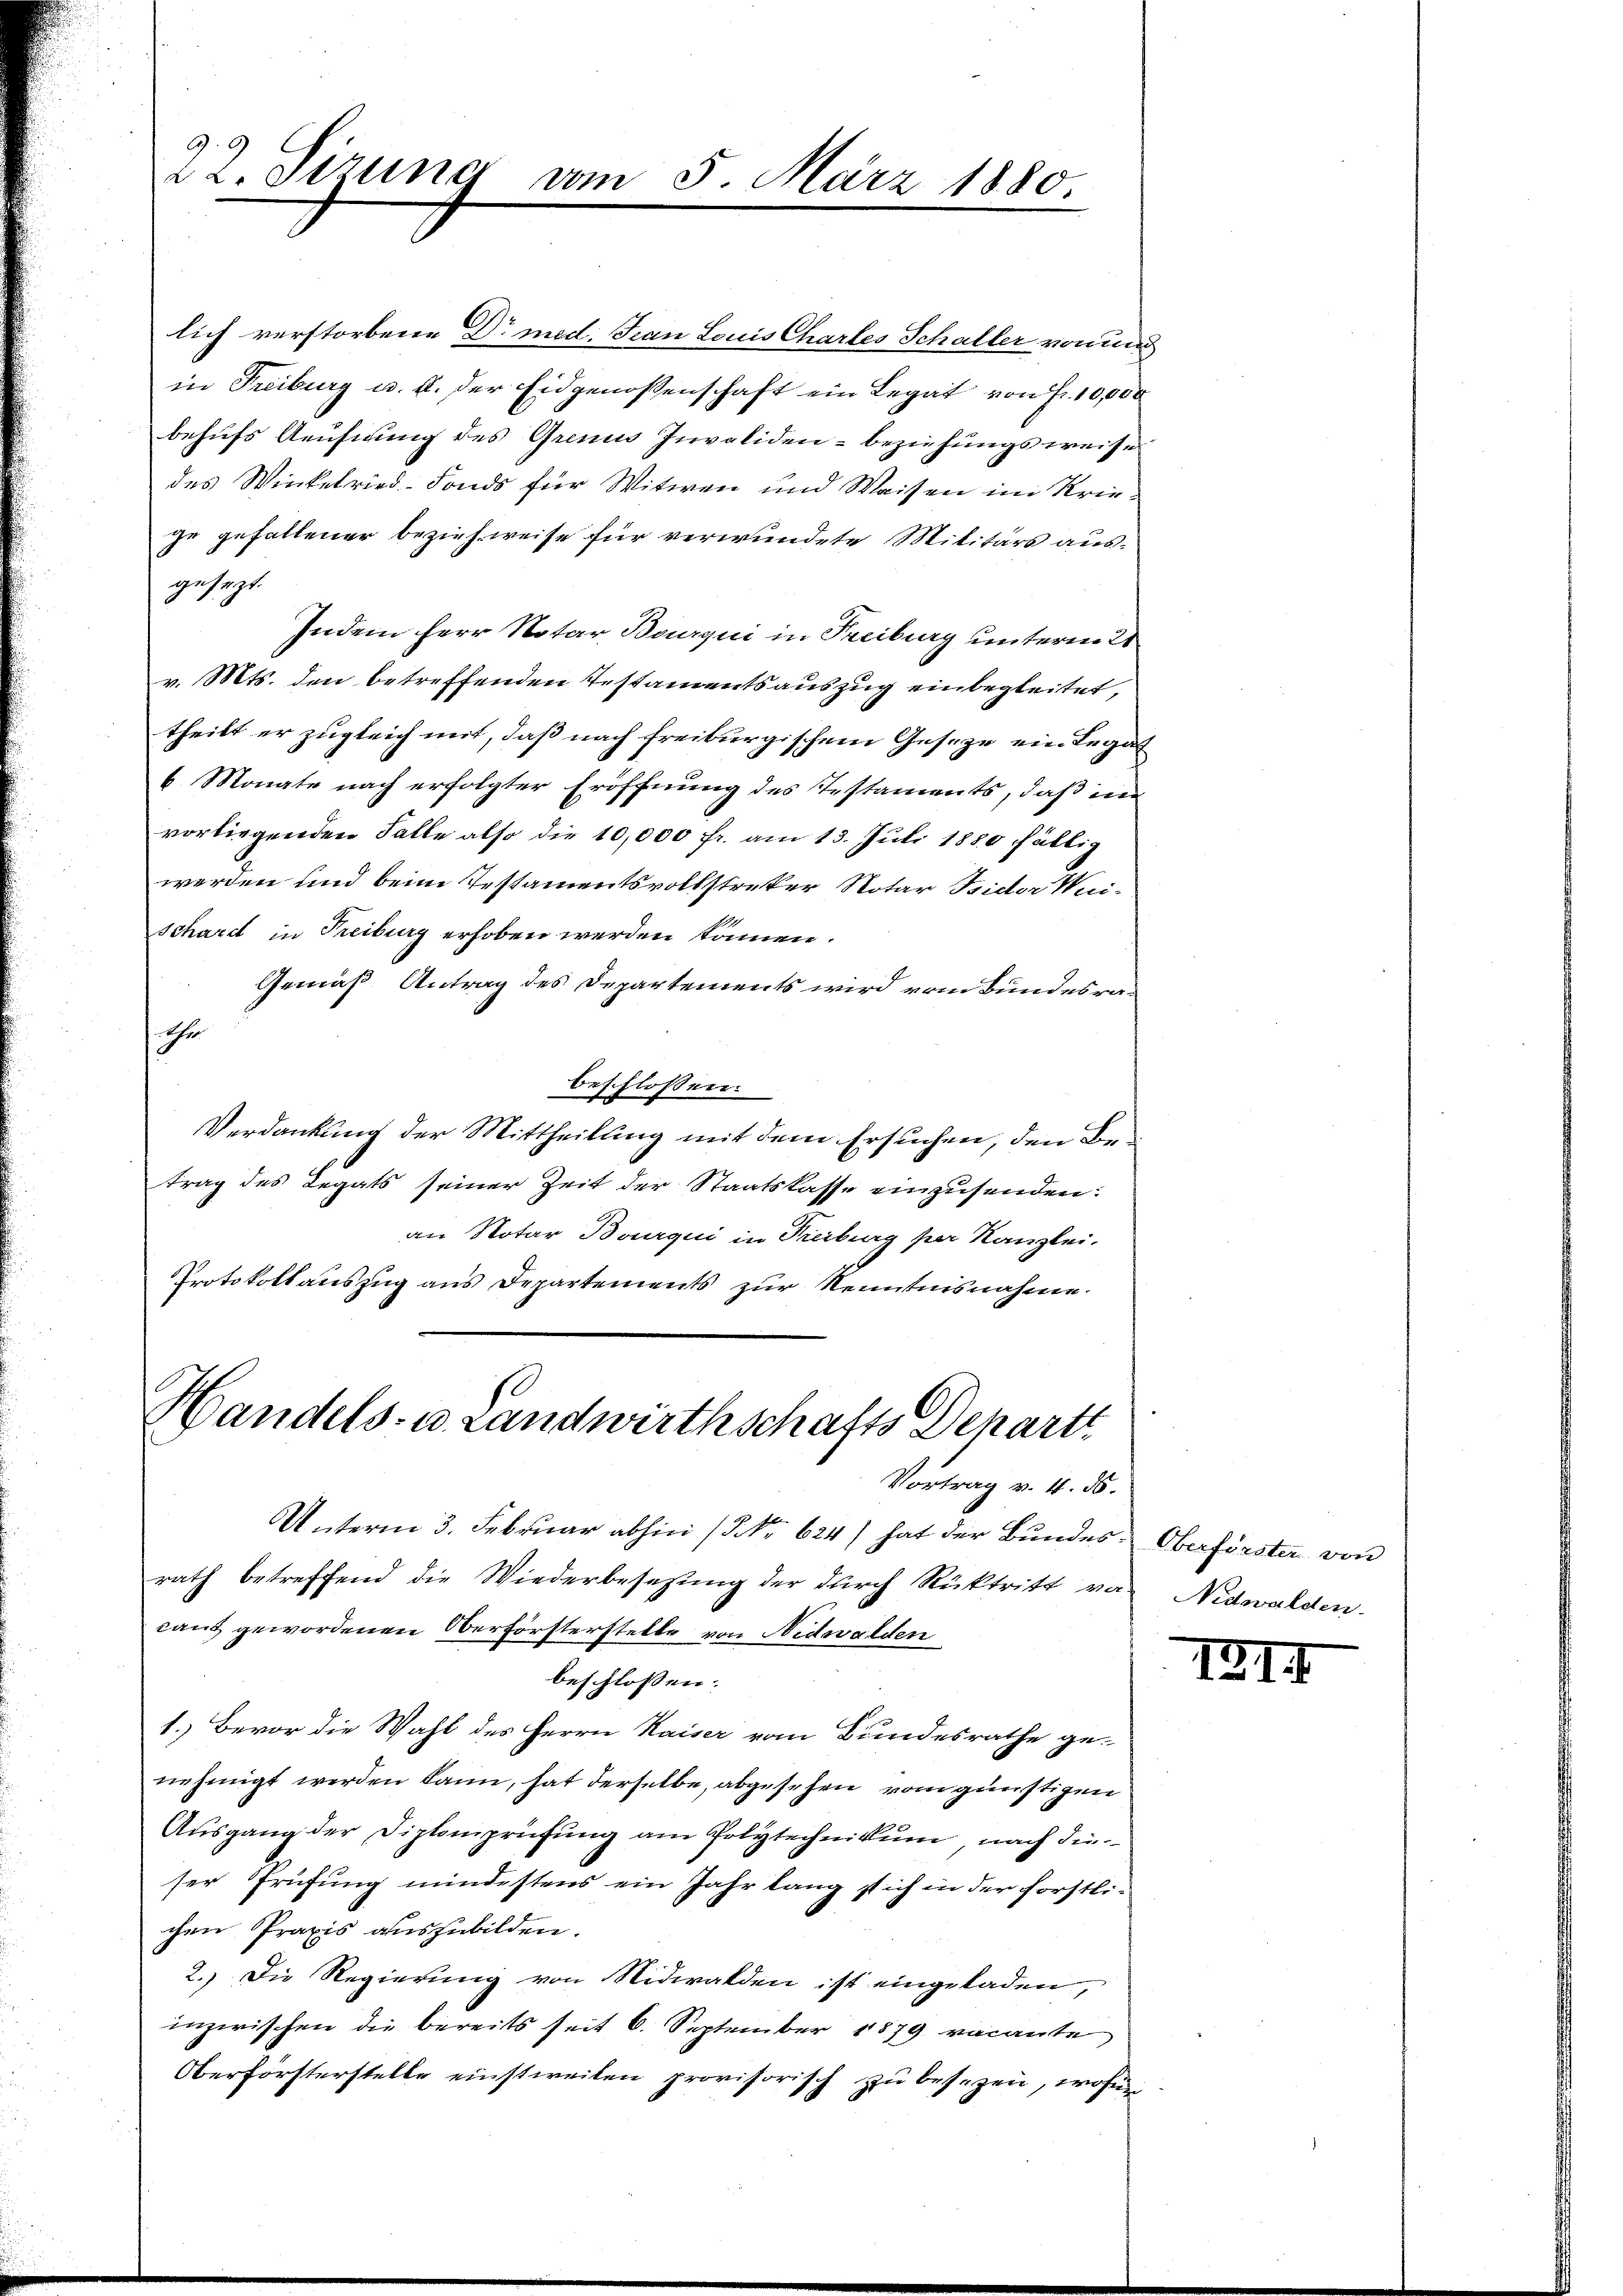
22. Sizung von

lich verstorbene Dr med. Frau Louis Chartes Schaller von
in Freiburg u. a. der Eidgenossenschaft ein Legat von Fr. 10,000
behufs Aeufnung des Grenis Invaliden - beziehungsweise
des Winkelried- Fonds für Witwen und Waisen im Kriege gefallener bezieh weise für verwundete Militärs aus-
gesezt.
Indem Herr Notar Bourqui in Freiburg unterm 21
v. Mts. den betreffenden Testamentsauszug einbegleitet,
theilt er zugleich mit, daß nach freiburgischem Gesetze ein Legat
6 Monate nach erfolgter Eröffnung des Testaments, daß in
vorliegenden Falle also die 10,000 fr. am 13. Juli 1880 fällig
werden und beim Testamentsvollstreker Notar Bictor Wei-
Schard in Freiburg erhoben werden können.
Gemäß Antrag des Departements wird vom Bundesra¬
Ehr
beschlossen:
Verdankung der Mittheilung mit dem Ersuchen, den Betrag des Legats seiner Zeit der Staatskasse einzusenden:
an Notar Bourqui in Treiburg per Kanzlei.
Protokollauszug aus Departements zur Kenntnisnahme.
Handels- u. Landwirthschafts Departt

5. März 1880

Vortrag v. 4. 55.

Unterm 3. Februar abhin (Nr. 624) hat der Bundes-Oberförster von
rath betreffend die Wiederbesetzung der durch Rücktritt von Nidwalden.
cant gewordenen Oberförsterstelle von Nidwalden
beschlossen:
1.) Bevor die Wahl des Herrn Kaiser vom Bundesrathe genehmigt werden kann, hat derselbe, abgesehen vom günstigen
Aŭsgang der Diplomprüfŭng am Polytechnikum nach die
ser Prüfung mindestens ein Jahr lang stich in der forstlichen Praxis auszubilden.
2.) Die Regierung von Nidwalden ist eingeladen,
inzwischen die bereits seit 6. September 1879 vacante
Oberförsterstelle einstweilen provisorisch zu besezen, wofür

I2I